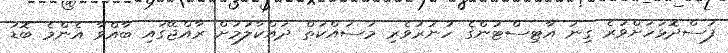
ފަސްދޮޅަހަށްވުރެ ގިނަ އާޓިސްޓުންގެ ހުނަރުވެރި މަސައްކަތް ދައްކާލުމަށް ރާއްޖޭގައި ބާއްވާ އެންމެ ބޮޑު